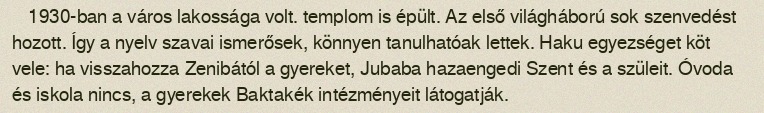
1930-ban a város lakossága volt. templom is épült. Az első világháború sok szenvedést hozott. Így a nyelv szavai ismerősek, könnyen tanulhatóak lettek. Haku egyezséget köt vele: ha visszahozza Zenibától a gyereket, Jubaba hazaengedi Szent és a szüleit. Óvoda és iskola nincs, a gyerekek Baktakék intézményeit látogatják.